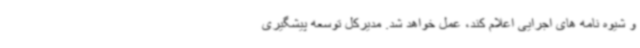
و شیوه نامه های اجرایی اعلام کند، عمل خواهد شد. مدیرکل توسعه پیشگیری